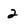
Character: 2